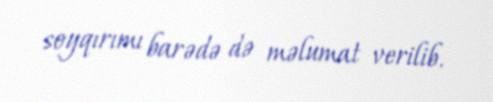
soyqırımı barədə də məlumat verilib.